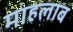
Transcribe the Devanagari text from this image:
माहलाब